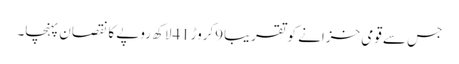
جس سے قومی خزانے کو تقریبا9کروڑ41لاکھ روپے کا نقصان پہنچا۔